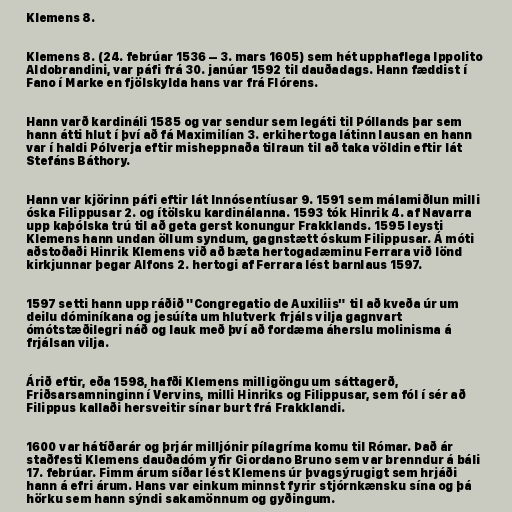
Klemens 8.

Klemens 8. (24. febrúar 1536 – 3. mars 1605) sem hét upphaflega Ippolito
Aldobrandini, var páfi frá 30. janúar 1592 til dauðadags. Hann fæddist í
Fano í Marke en fjölskylda hans var frá Flórens.

Hann varð kardináli 1585 og var sendur sem legáti til Póllands þar sem
hann átti hlut í því að fá Maximilían 3. erkihertoga látinn lausan en hann
var í haldi Pólverja eftir misheppnaða tilraun til að taka völdin eftir lát
Stefáns Báthory.

Hann var kjörinn páfi eftir lát Innósentíusar 9. 1591 sem málamiðlun milli
óska Filippusar 2. og ítölsku kardinálanna. 1593 tók Hinrik 4. af Navarra
upp kaþólska trú til að geta gerst konungur Frakklands. 1595 leysti
Klemens hann undan öllum syndum, gagnstætt óskum Filippusar. Á móti
aðstoðaði Hinrik Klemens við að bæta hertogadæminu Ferrara við lönd
kirkjunnar þegar Alfons 2. hertogi af Ferrara lést barnlaus 1597.

1597 setti hann upp ráðið "Congregatio de Auxiliis" til að kveða úr um
deilu dóminíkana og jesúíta um hlutverk frjáls vilja gagnvart
ómótstæðilegri náð og lauk með því að fordæma áherslu molinisma á
frjálsan vilja.

Árið eftir, eða 1598, hafði Klemens milligöngu um sáttagerð,
Friðsarsamninginn í Vervins, milli Hinriks og Filippusar, sem fól í sér að
Filippus kallaði hersveitir sínar burt frá Frakklandi.

1600 var hátíðarár og þrjár milljónir pílagríma komu til Rómar. Það ár
staðfesti Klemens dauðadóm yfir Giordano Bruno sem var brenndur á báli
17. febrúar. Fimm árum síðar lést Klemens úr þvagsýrugigt sem hrjáði
hann á efri árum. Hans var einkum minnst fyrir stjórnkænsku sína og þá
hörku sem hann sýndi sakamönnum og gyðingum.